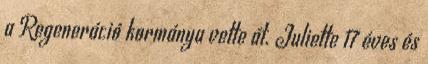
a Regeneráció kormánya vette át. Juliette 17 éves és